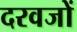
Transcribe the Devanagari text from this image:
दरवजों